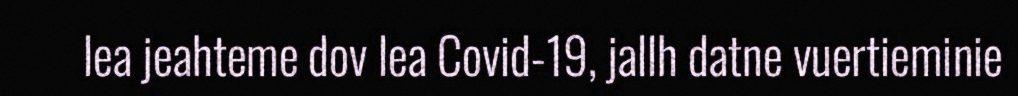
lea jeahteme dov lea Covid-19, jallh datne vuertieminie